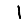
Digit: 1